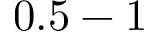
0 . 5 - 1